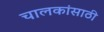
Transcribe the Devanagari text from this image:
चालकांसाठी